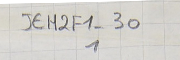
JEH2F1-301